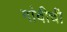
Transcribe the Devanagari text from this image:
गांवीची